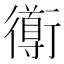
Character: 𲀣